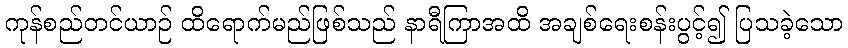
ကုန်စည်တင်ယာဉ် ထိရောက်မည်ဖြစ်သည် နာရီကြာအထိ အချစ်ရေးစန်းပွင့်၍ ပြသခဲ့သော